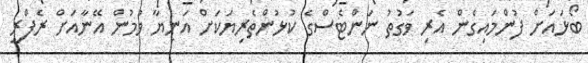
ބޯޅައަށް ފުންމައިގެން އެރި ވަގުތު ނަންޓެސްގެ ކުޅުންތެރިޔަކަށް އަނިޔާ ވުމުން އޭނާއަށް ރެފްރީ